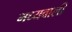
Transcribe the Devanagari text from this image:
मध्यवाली